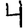
Digit: 4